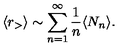
\langle r _ { > } \rangle \sim \sum _ { n = 1 } ^ { \infty } \frac { 1 } { n } \langle N _ { n } \rangle .